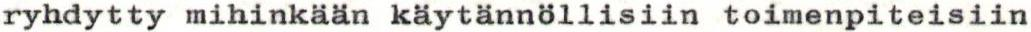
ryhdytty mihinkään käytännöllisiin toimenpiteisiin